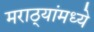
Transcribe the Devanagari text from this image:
मराठ्यांमध्ये